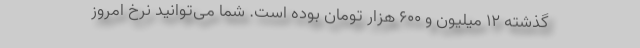
گذشته ۱۲ میلیون و ۶۰۰ هزار تومان بوده است. شما می‌توانید نرخ امروز